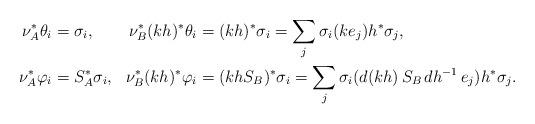
LaTeX: \begin{align*} \nu_A^*\theta_i&=\sigma_i, &\nu_B^*(kh)^*\theta_i&=(kh)^*\sigma_i=\sum_j \sigma_i(k e_j)h^*\sigma_j,\\ \nu_A^*\varphi_i&=S_A^*\sigma_i, &\nu_B^*(kh)^*\varphi_i&=(k h S_B)^*\sigma_i=\sum_j \sigma_i(d(kh)\,S_B\,dh^{-1}\,e_j) h^*\sigma_j.&\end{align*}